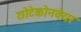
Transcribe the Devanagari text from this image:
छोटेकोनवेयर